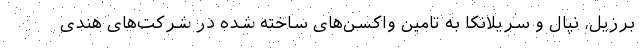
برزیل، نپال و سریلانکا به تامین واکسن‌های ساخته شده در شرکت‌های هندی